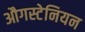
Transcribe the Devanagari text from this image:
औगस्टेनियन